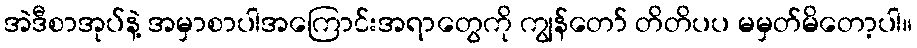
အဲဒီစာအုပ်နဲ့ အမှာစာပါအကြောင်းအရာတွေကို ကျွန်တော် တိတိပပ မမှတ်မိတော့ပါ။